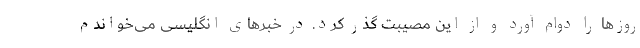
روزها را دوام آورد و از این مصیبت گذر کرد. در خبرهای انگلیسی می‌خواندم